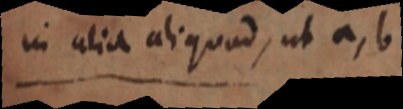
in alia aliquod, ut a, b